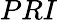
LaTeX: PRI